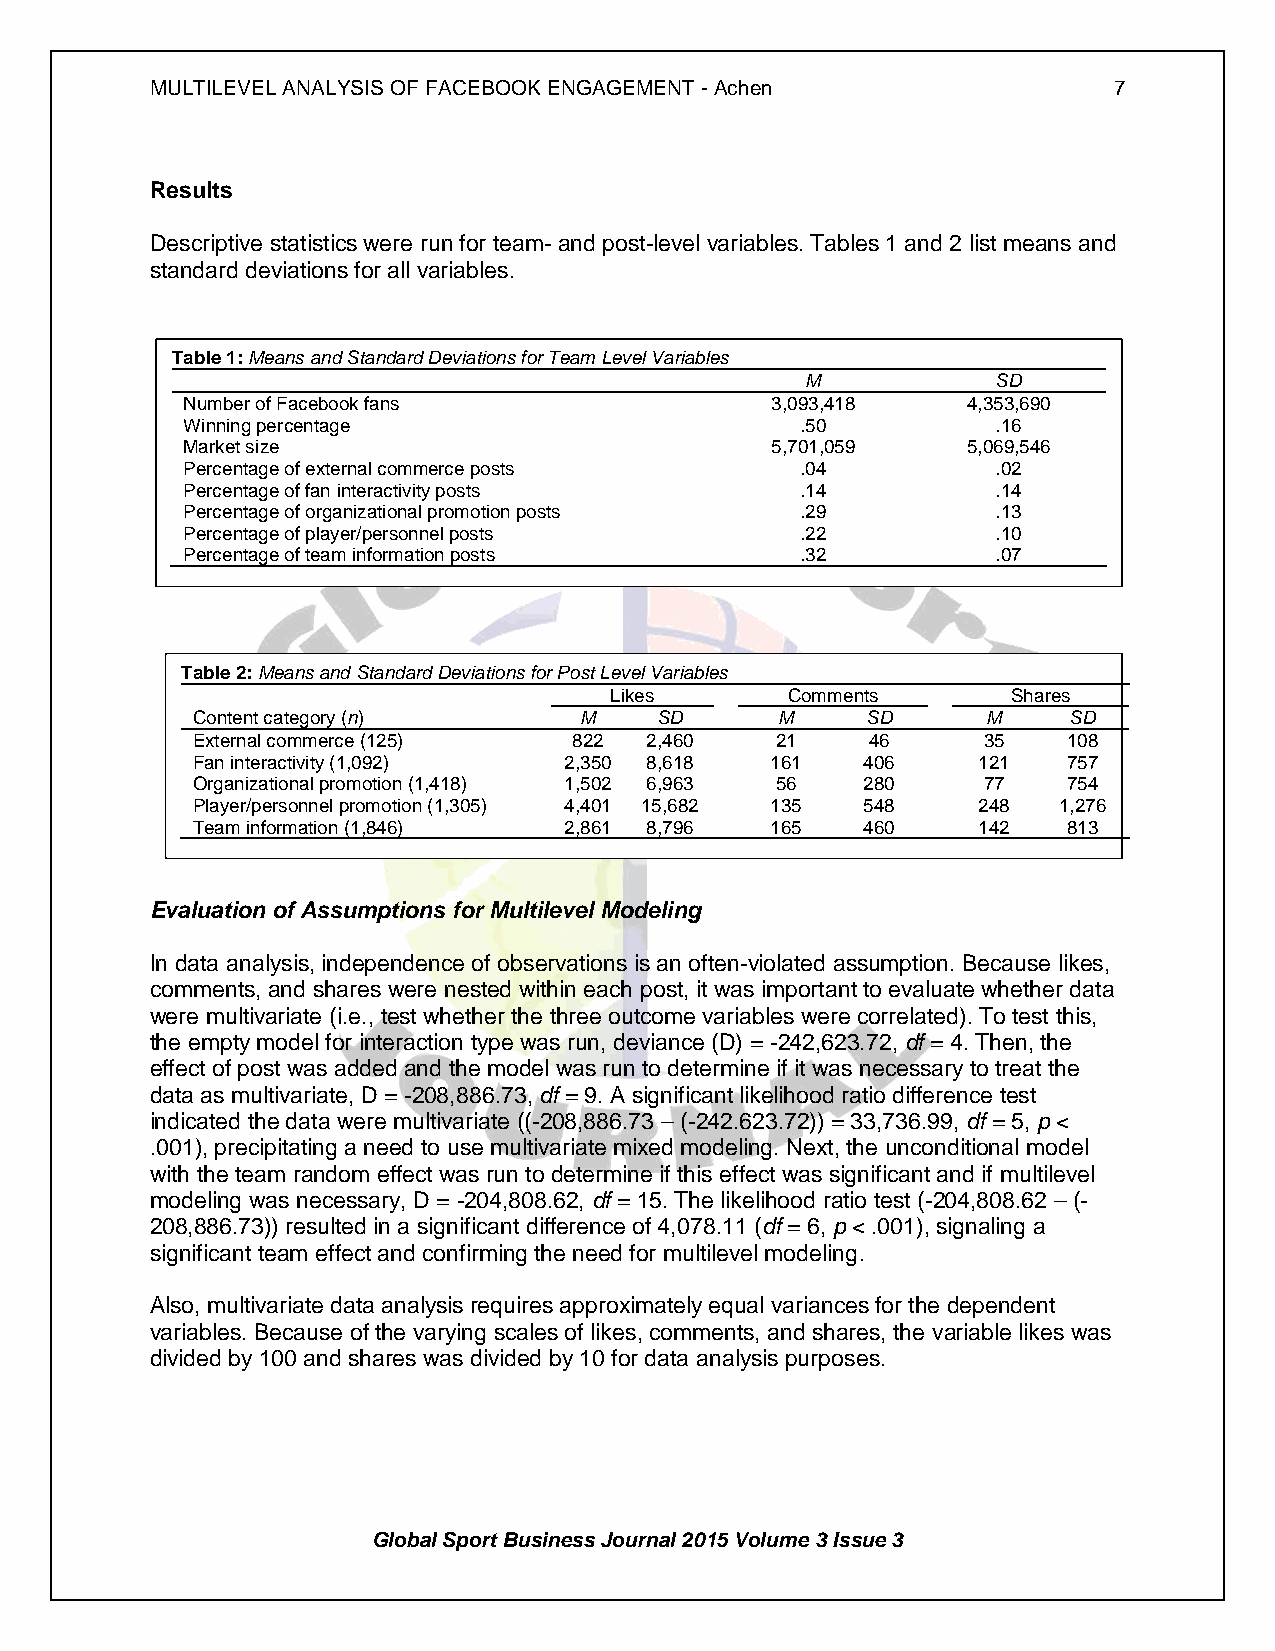
MULTILEVEL ANALYSIS OF FACEBOOK ENGAGEMENT - Achen              7
 Results
 Descriptive statistics were run for team- and post-level variables. Tables 1 and 2 list means and
 standard deviations for all variables.
 Table 1: Means and Standard Deviations for Team Level Variables
 M            SD
 Number of Facebook fans                3,093,418    4,353,690
 Winning percentage                       .50          .16
 Market size                            5,701,059    5,069,546
 Percentage of external commerce posts    .04          .02
 Percentage of fan interactivity posts    .14          .14
 Percentage of organizational promotion posts .29      .13
 Percentage of player/personnel posts     .22          .10
 Percentage of team information posts     .32          .07
 Table 2: Means and Standard Deviations for Post Level Variables
 Likes       Comments       Shares
 Content category (n)     M    SD       M    SD      M     SD
 External commerce (125)  822  2,460   21     46     35    108
 Fan interactivity (1,092) 2,350 8,618 161   406     121   757
 Organizational promotion (1,418) 1,502 6,963 56 280 77    754
 Player/personnel promotion (1,305) 4,401 15,682 135 548 248 1,276
 Team information (1,846) 2,861 8,796  165   460     142   813
 Evaluation of Assumptions for Multilevel Modeling
 In data analysis, independence of observations is an often-violated assumption. Because likes,
 comments, and shares were nested within each post, it was important to evaluate whether data
 were multivariate (i.e., test whether the three outcome variables were correlated). To test this,
 the empty model for interaction type was run, deviance (D) = -242,623.72, df = 4. Then, the
 effect of post was added and the model was run to determine if it was necessary to treat the
 data as multivariate, D = -208,886.73, df = 9. A significant likelihood ratio difference test
 indicated the data were multivariate ((-208,886.73 – (-242.623.72)) = 33,736.99, df = 5, p <
 .001), precipitating a need to use multivariate mixed modeling. Next, the unconditional model
 with the team random effect was run to determine if this effect was significant and if multilevel
 modeling was necessary, D = -204,808.62, df = 15. The likelihood ratio test (-204,808.62 – (-
 208,886.73)) resulted in a significant difference of 4,078.11 (df = 6, p < .001), signaling a
 significant team effect and confirming the need for multilevel modeling.
 Also, multivariate data analysis requires approximately equal variances for the dependent
 variables. Because of the varying scales of likes, comments, and shares, the variable likes was
 divided by 100 and shares was divided by 10 for data analysis purposes.
 Global Sport Business Journal 2015 Volume 3 Issue 3